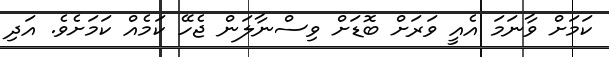
ކަމަށް ވާނަމަ އެއީ ވަރަށް ބޮޑަށް ވިސްނާލަން ޖެހޭ ކަމެއް ކަމަށެވެ. އަދި